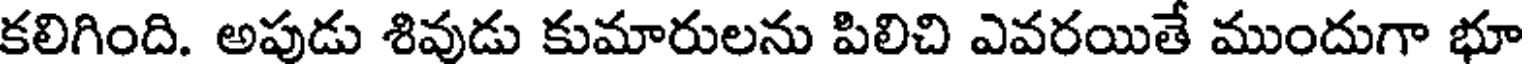
కలిగింది. అపుడు శివుడు కుమారులను పిలిచి ఎవరయితే ముందుగా భూ